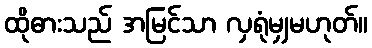
ထိုဓားသည် အမြင်သာ လှရုံမျှမဟုတ်။